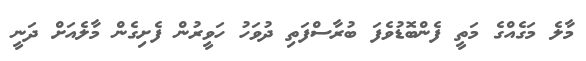
މާލެ މަގެއްގެ މަތީ ފެންބޮޑުވެފަ ބުރާސްފަތި ދުވަހު ހަވީރުން ފެށިގެން މާލެއަށް ދަނީ